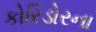
કોરિડોરના